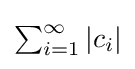
{\textstyle \sum _{i=1}^{\infty }|c_{i}|}